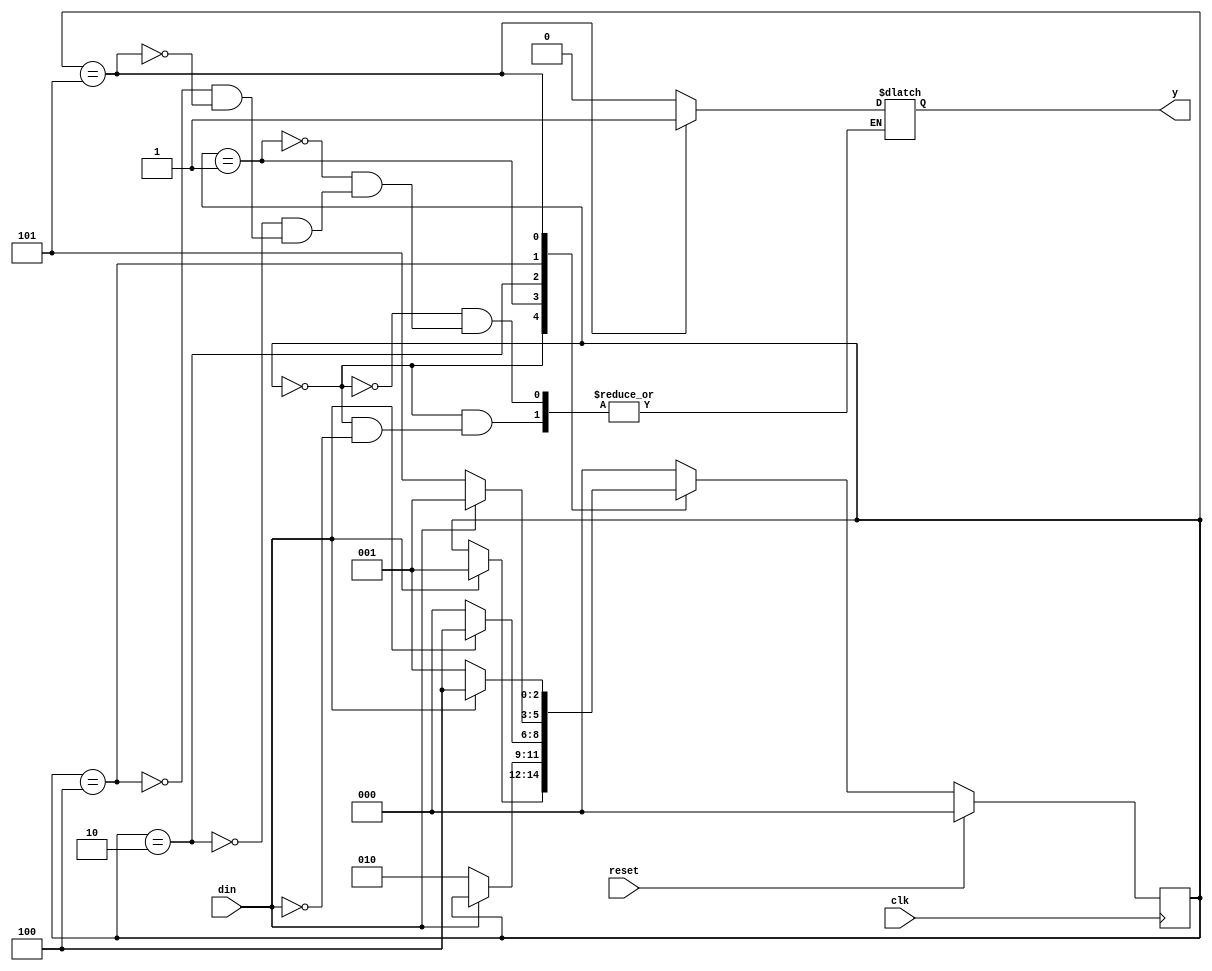
`timescale 1ns / 1ps
module moore_fsm(din, reset, clk, y);
input din;
input clk;
input reset;
output reg y;
reg [2:0] cst, nst;
localparam S0 = 3'b000,
          S1 = 3'b001,
          S2 = 3'b010,
          S3 = 3'b100,
            S4 = 3'b101;
always @(cst or din)
 begin
 case (cst)
   S0: if (din == 1'b1)
          begin
         nst = S1;
          y=1'b0;
          end
      else nst = cst;
   S1: if (din == 1'b0)
          begin
        nst = S2;
          y=1'b0;
          end
       else
          begin
          nst = cst;
          y=1'b0;
          end
   S2: if (din == 1'b1)
          begin
         nst = S3;
          y=1'b0;
          end    
            else
          begin
          nst = S0;
          y=1'b0;
          end
   S3: if (din == 1'b0)
          begin
         nst = S4;
          y=1'b0;
          end
       else
          begin
          nst = S1;
          y=1'b0;
          end
S4: if (din == 1'b0)
          begin
         nst = S1;
          y=1'b1;
          end
          else
          begin
          nst = S3;
          y=1'b1;
          end
   default: nst = S0;
  endcase
end
always@(posedge clk)
begin
          if (reset)
          cst <= S0;
          else
            cst <= nst;
end
endmodule